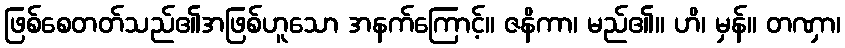
ဖြစ်စေတတ်သည်၏အဖြစ်ဟူသော အနက်ကြောင့်။ ဇနိကာ၊ မည်၏။ ဟိ၊ မှန်။ တဏှာ၊